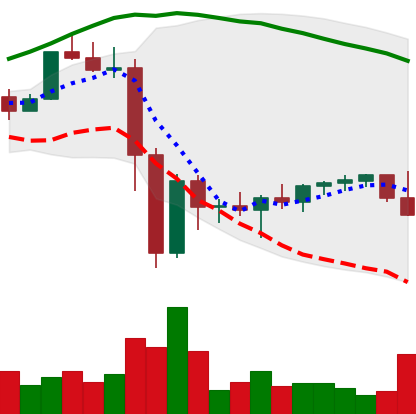
Ticker: XMR-USD
Chart end date: 2022-11-21
Forward return: 9.719%
Label: up_7plus